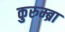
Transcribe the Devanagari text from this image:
कुरुम्ब्रा